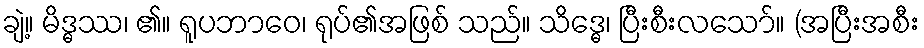
ချဲ့။ မိဒ္ဓဿ၊ ၏။ ရူပဘာဝေ၊ ရုပ်၏အဖြစ် သည်။ သိဒ္ဓေ၊ ပြီးစီးလသော်။ (အပြီးအစီး